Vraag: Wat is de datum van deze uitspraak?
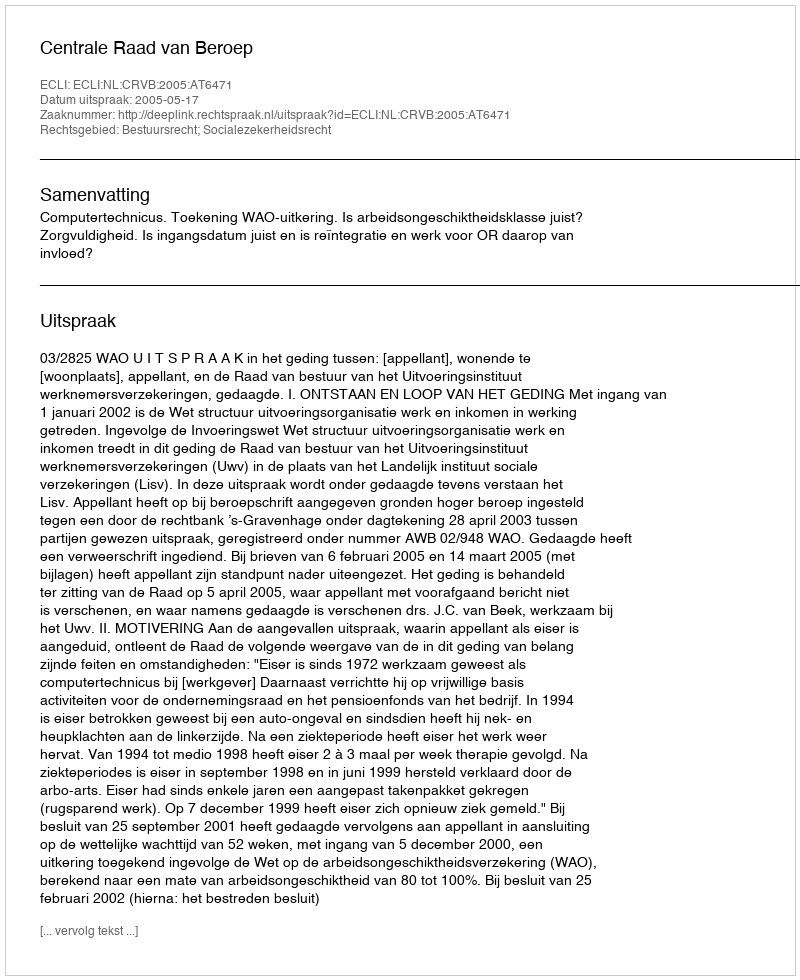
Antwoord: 2005-05-17